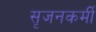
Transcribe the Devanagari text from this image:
सृजनकर्मी